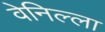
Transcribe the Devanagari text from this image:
वेनिल्ला